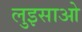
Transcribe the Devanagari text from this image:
लुइसाओ